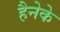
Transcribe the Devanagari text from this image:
हैनेके